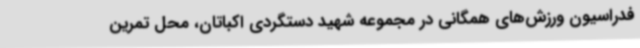
فدراسیون ورزش‌های همگانی در مجموعه شهید دستگردی اکباتان، محل تمرین